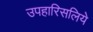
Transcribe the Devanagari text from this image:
उपहारिसलिये